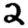
Digit: 2